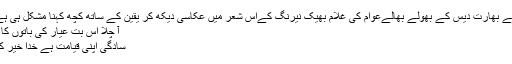
ویسے بھارت دیس کے بھولے بھالےعوام کی غلام بھیک نیرنگ کےاس شعر میں عکاسی دیکھ کر یقین کے ساتھ کچھ کہنا مشکل ہی ہے ؎
آ چلا اس بت عیار کی باتوں کا یقیں
سادگی اپنی قیامت ہے خدا خیر کرے